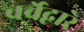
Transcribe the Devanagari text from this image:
चर्चेद्वारे